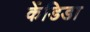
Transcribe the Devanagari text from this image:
केंडिडा